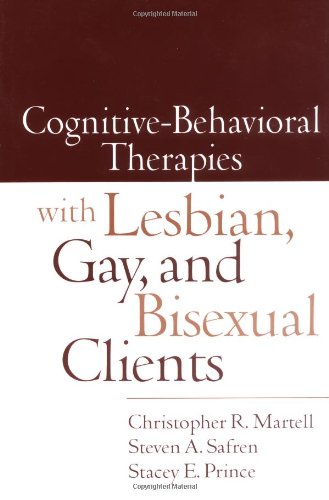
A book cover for Cognitive-Behavioral Therapies with Lesbian, Gay, and Bisexual Clients; Christopher R. Martell; Gay & Lesbian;